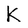
Character: K